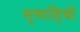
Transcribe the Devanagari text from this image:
मुसाहिबों